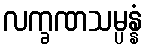
လက္ခဏသမ္ပန္နံ